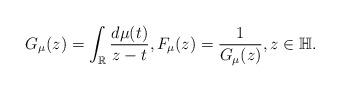
LaTeX: \begin{align*}G_{\mu}(z)=\int_{\mathbb{R}}\frac{d\mu(t)}{z-t},F_{\mu}(z)=\frac{1}{G_{\mu}(z)},z\in\mathbb{H}.\end{align*}